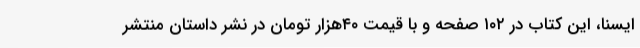
ایسنا، این کتاب در ۱۰۲ صفحه و با قیمت ۴۰هزار تومان در نشر داستان منتشر